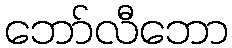
ဘော်လီဘော